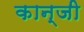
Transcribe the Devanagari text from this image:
कान्जी